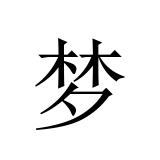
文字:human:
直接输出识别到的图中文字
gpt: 梦